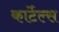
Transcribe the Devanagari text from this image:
कार्टेल्स